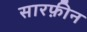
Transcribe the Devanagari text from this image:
सारफ़ीन